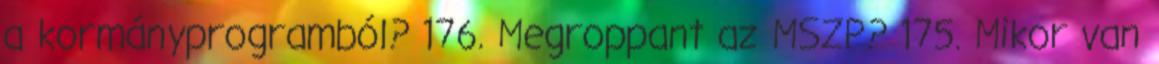
a kormányprogramból? 176. Megroppant az MSZP? 175. Mikor van